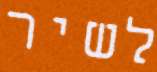
לשיר